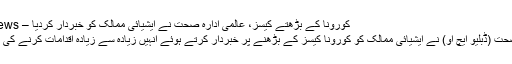
کورونا کے بڑھتے کیسز، عالمی ادارہ صحت نے ایشیائی ممالک کو خبردار کردیا – Googly News
عالمی ادارہ صحت (ڈبلیو ایچ او) نے ایشیائی ممالک کو کورونا کیسز کے بڑھنے پر خبردار کرتے ہوئے انہیں زیادہ سے زیادہ اقدامات کرنے کی ہدایت کی ہے۔